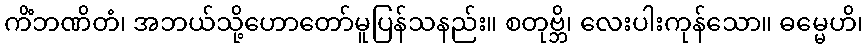
ကိံဘဏိတံ၊ အဘယ်သို့ဟောတော်မူပြန်သနည်း။ စတုဗ္ဘိ၊ လေးပါးကုန်သော။ ဓမ္မေဟိ၊